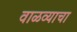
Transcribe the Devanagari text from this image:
वाळव्याचा